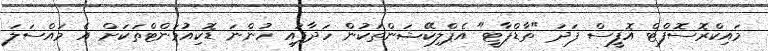
މައިކްރޮސޮފްޓް އޮފީސް ފަދަ "ތާޑްޕާޓީ" އެޕްލިކޭޝަންތަކުން ހަދާފައި ހުންނަ ޑޮކިއުމަންޓްތަކަށް އެ މައްސަލަ